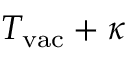
T _ { \mathrm { v a c } } + \kappa